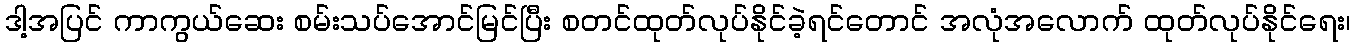
ဒါ့အပြင် ကာကွယ်ဆေး စမ်းသပ်အောင်မြင်ပြီး စတင်ထုတ်လုပ်နိုင်ခဲ့ရင်တောင် အလုံအလောက် ထုတ်လုပ်နိုင်ရေး၊